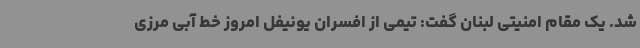
شد. یک مقام امنیتی لبنان گفت: تیمی از افسران یونیفل امروز خط آبی مرزی